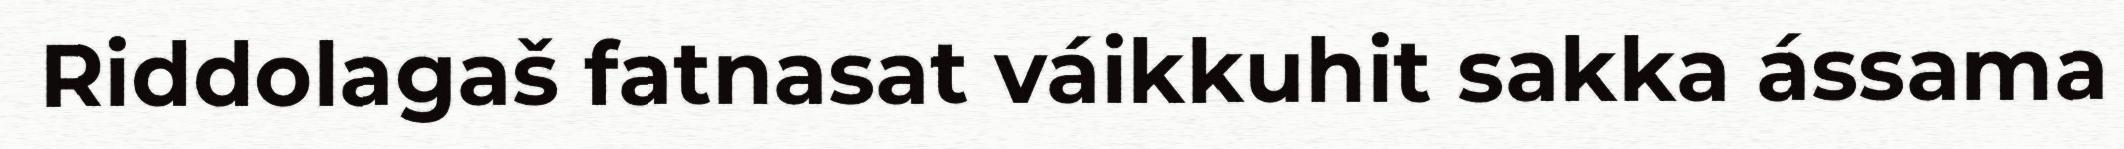
Riddolagaš fatnasat váikkuhit sakka ássama